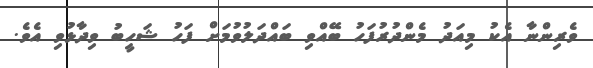
ވެރިންނާ އެކު މިއަދު މެންދުރުފަހު ބޭއްވި ބައްދަލުވުމަށް ފަހު ޝަހީބު ވިދާޅުވި އެވެ.